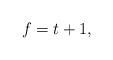
LaTeX: \begin{align*}f = t + 1,\end{align*}